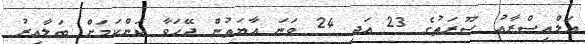
އަލްއިސްރާއު ސޫރަތުގެ 23 އަދި 24 ވަނަ އާޔަތުން ދޭހަވާ ކަންކަމަށް ބަލާއިރު